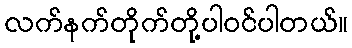
လက်နက်တိုက်တို့ပါဝင်ပါတယ်။